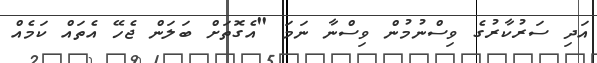
އަދި ސަރުކާރުގެ ވިސްނުމުން ވިސްނާ ނަމަ "އެގޮތަށް ބަލަން ޖެހޭ އެތައް ކަމެއް